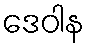
ဒေဝါန